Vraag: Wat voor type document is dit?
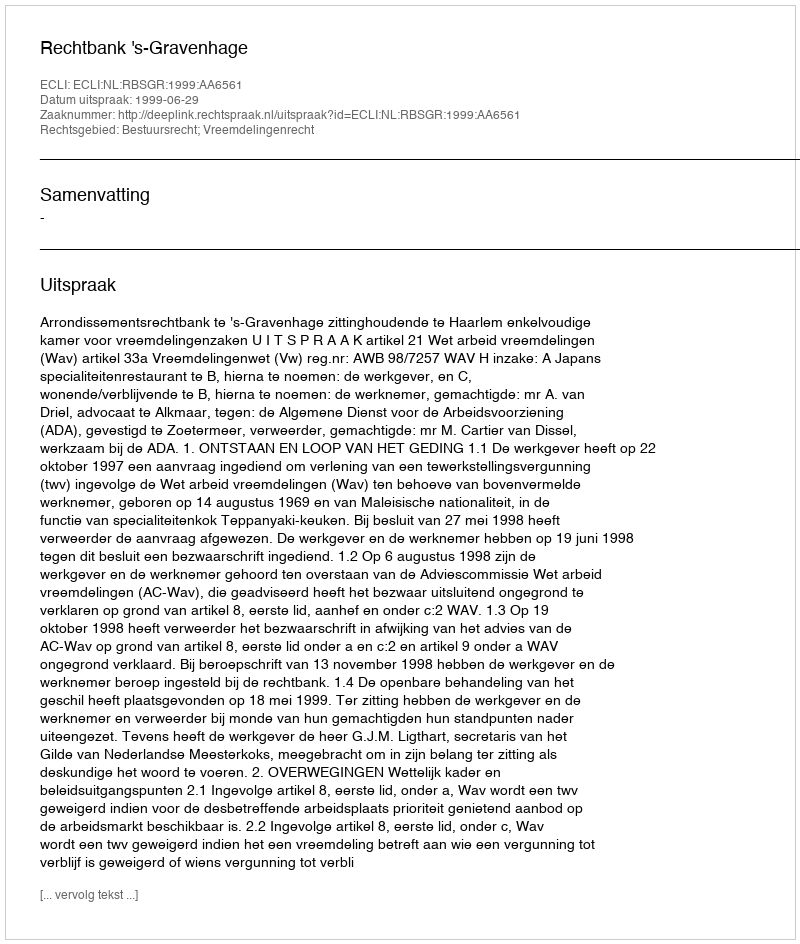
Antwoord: Uitspraak